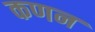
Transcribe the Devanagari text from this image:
कणन